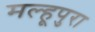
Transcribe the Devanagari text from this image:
मल्हूपुरा